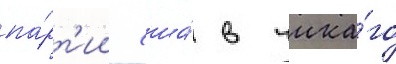
па́рт'ии сша́ в чика́го